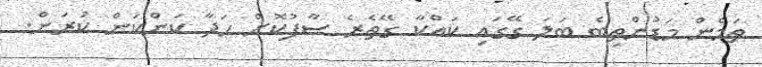
ތަމެން މަޑުންތިބެ ބަލަ ގޭގައި ކައްކާ ގޭތެރެ ސާފުކޮށް ހަދާ ކަންކަން ކުރަން.